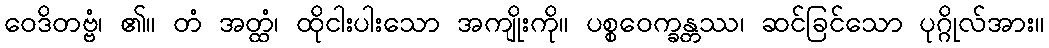
ဝေဒိတဗ္ဗံ၊ ၏။ တံ အတ္ထံ၊ ထိုငါးပါးသော အကျိုးကို။ ပစ္စဝေက္ခန္တဿ၊ ဆင်ခြင်သော ပုဂ္ဂိုလ်အား။